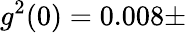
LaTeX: g^{2}(0)=0.008\pm